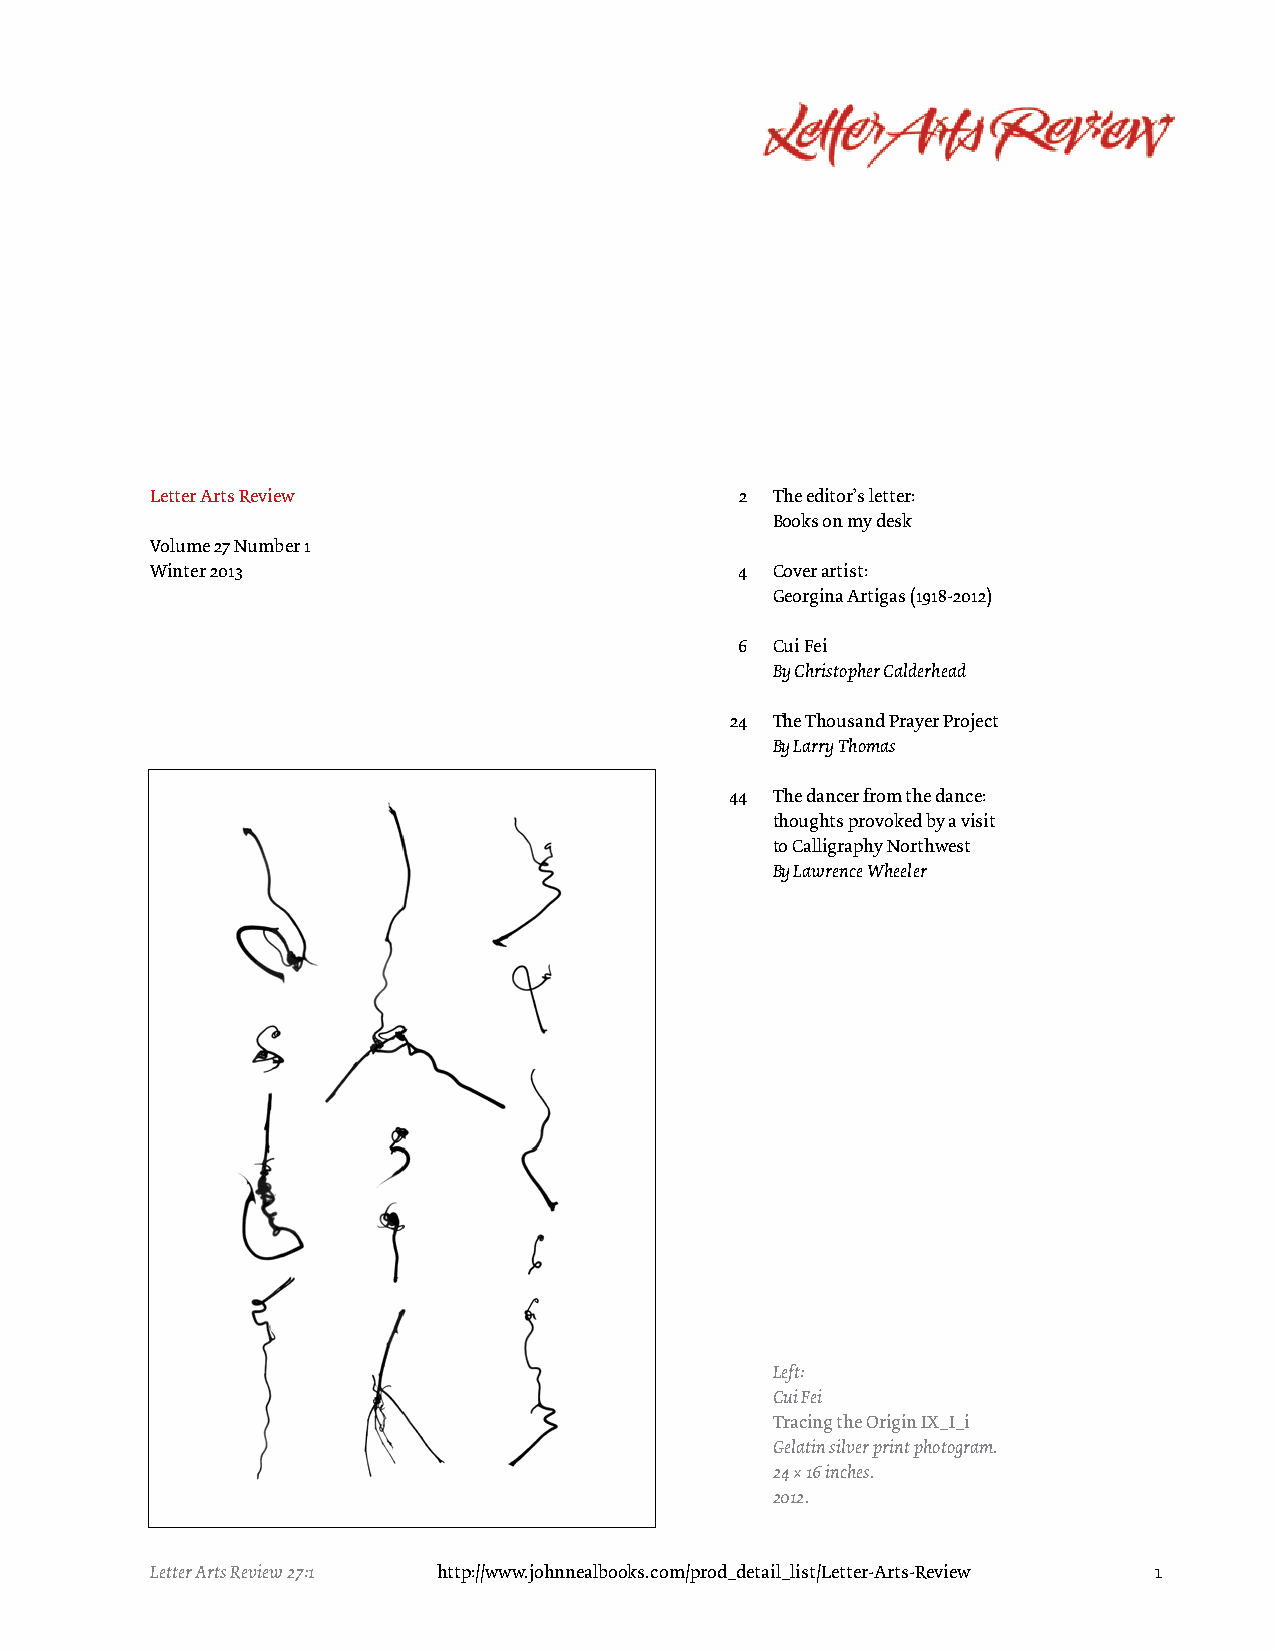
Letter Arts Review                     2 The editor’s letter:
 Books on my desk
 Volume 27 Number 1
 Winter 2013                            4 Cover artist:
 Georgina Artigas (1918-2012)
 6 Cui Fei
 By Christopher Calderhead
 24 The Thousand Prayer Project
 By Larry Thomas
 44 The dancer from the dance:
 thoughts provoked by a visit
 to Calligraphy Northwest
 By Lawrence Wheeler
 Left:
 Cui Fei
 Tracing the Origin IX_I_i
 Gelatin silver print photogram.
 24 × 16 inches.
 2012.
 Letter Arts Review 27:1 http://www.johnnealbooks.com/prod_detail_list/Letter-Arts-Review 1